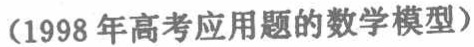
（1998年高考应用题的数学模型）